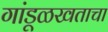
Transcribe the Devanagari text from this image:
गांडूळखताचा